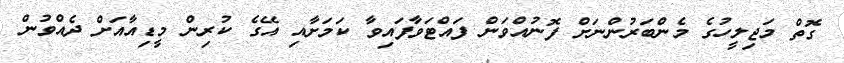
ގޮތް މަޖިލީހުގެ މެންބަރުންނަށް ފޮނުއްވަން ފައްޓަވާފައިިވާ ކަމަށާއި އޭގެ ކުރިން މީޑިއާއަށް ދެއްވުން